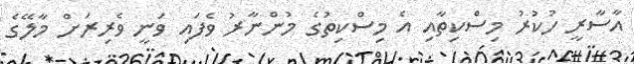
އާސާރީ ހުކުރު މިސްކިތާއި އެ މިސްކިތުގެ މުންނާރު ވެފައި ވަނީ ވެރިރަށް މާލޭގެ